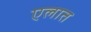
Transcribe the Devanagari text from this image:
एलात